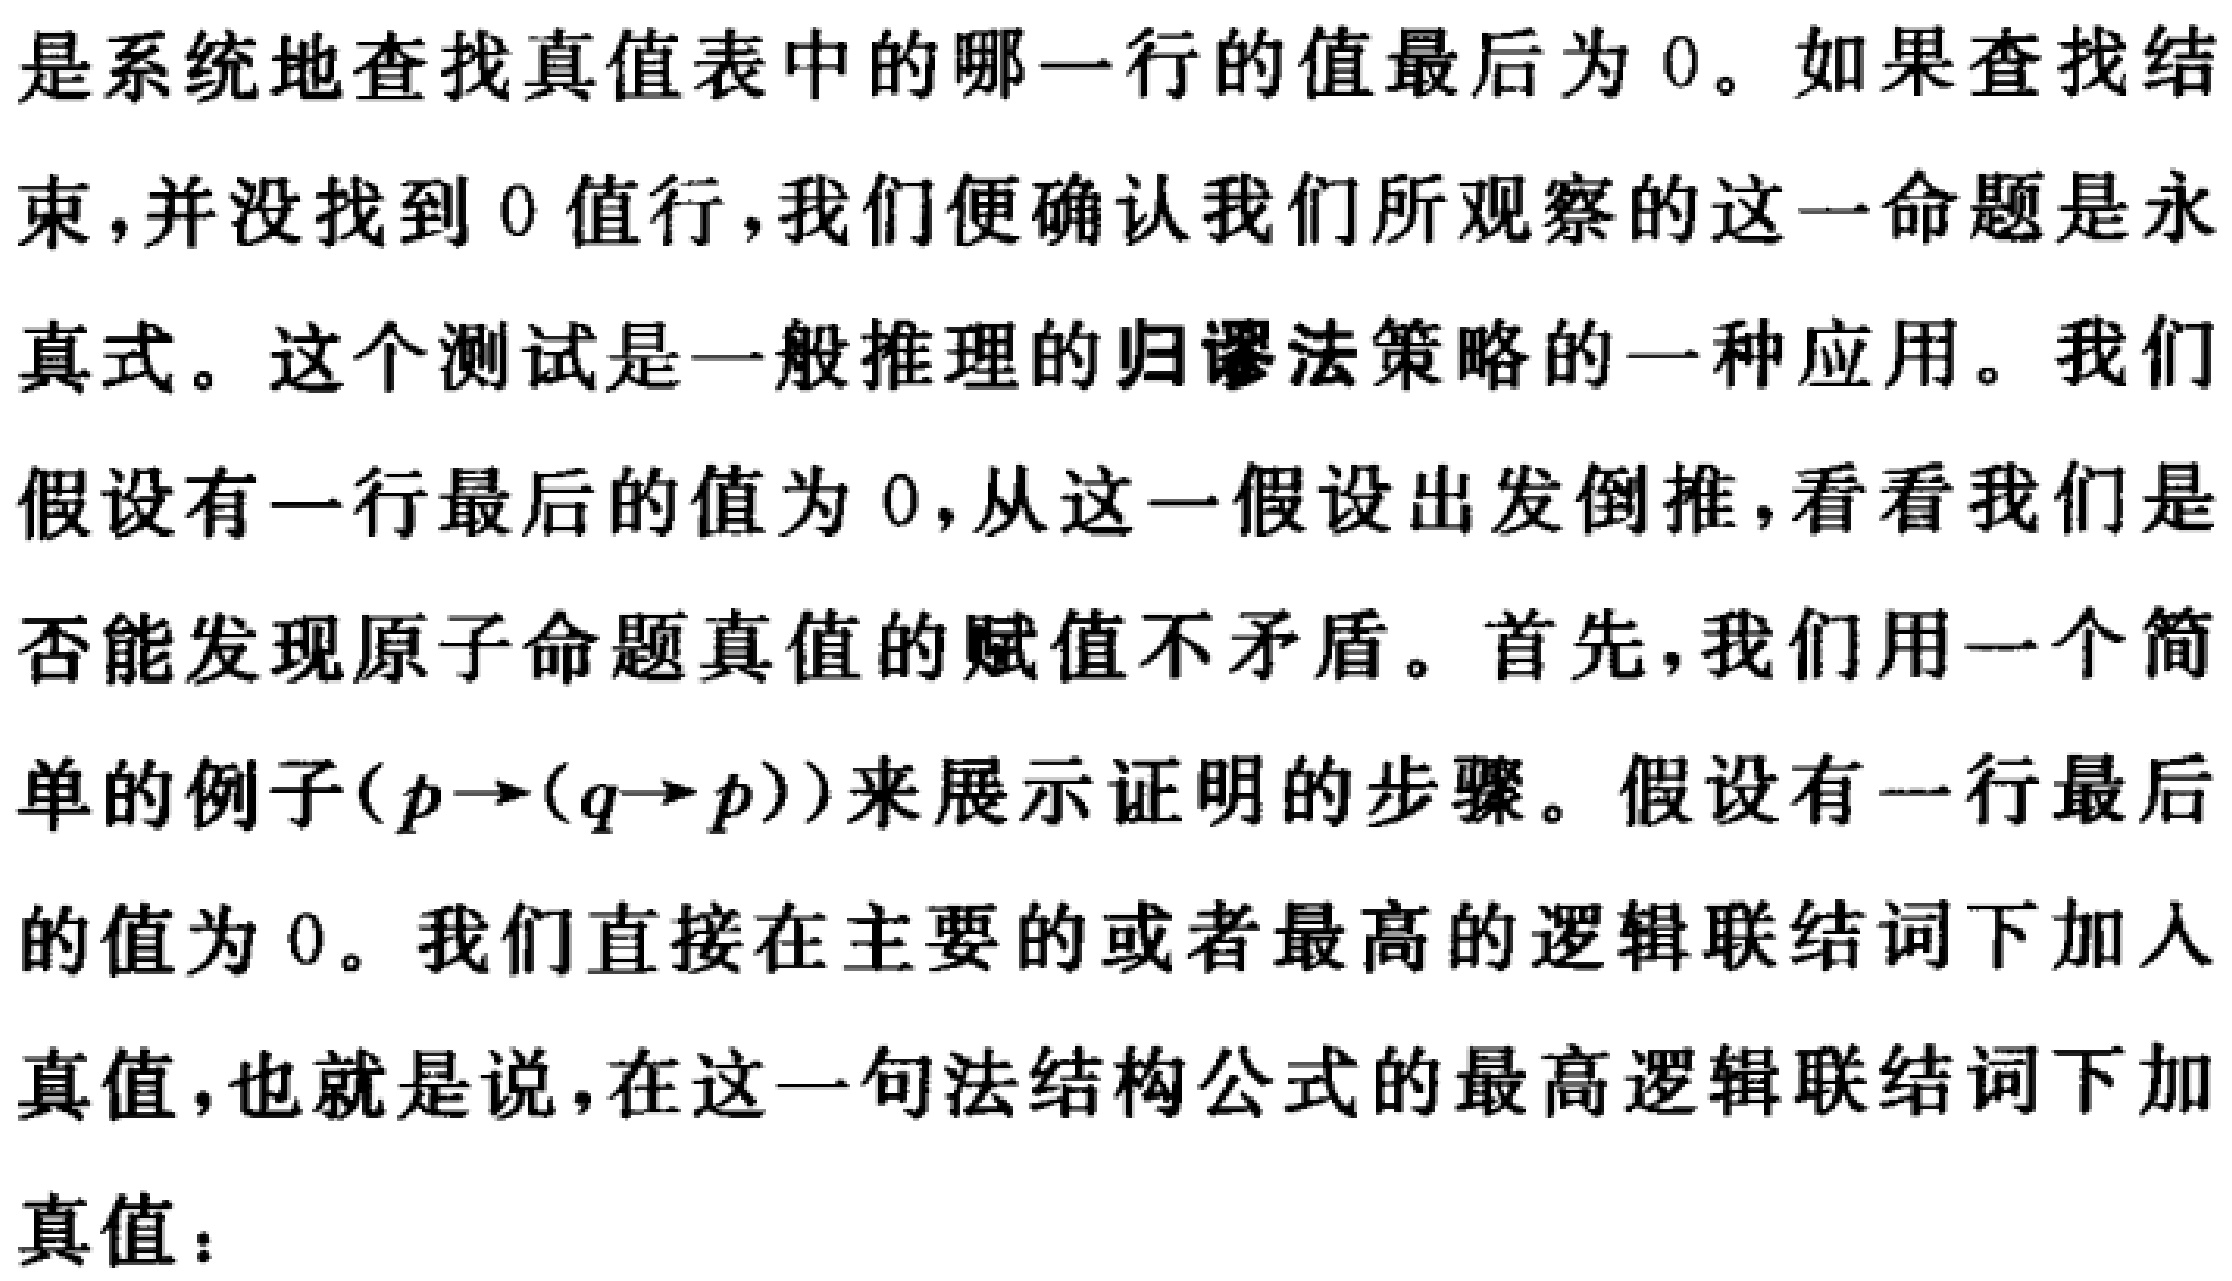
是系统地查找真值表中的哪一行的值最后为 0。如果查找结
束，并没找到 0 值行，我们便确认我们所观察的这一命题是永
真式。这个测试是一般推理的归谬法策略的一种应用。我们
假设有一行最后的值为 0，从这一假设出发倒推，看看我们是
否能发现原子命题真值的赋值不矛盾。首先，我们用一个简
单的例子\((p\rightarrow(q\rightarrow p))\)来展示证明的步骤。假设有一行最后
的值为 0。我们直接在主要的或者最高的逻辑联结词下加人
真值，也就是说，在这一句法结构公式的最高逻辑联结词下加
真值：